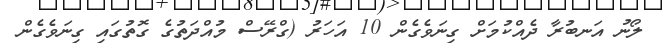
ލޯނު އަނބުރާ ދެއްކުމަށް ގިނަވެގެން 10 އަހަރު (ގްރޭސް މުއްދަތުގެ ގޮތުގައި ގިނަވެގެން